Medical and sanitary report of the native army of Bengal for the year
Year: 1875
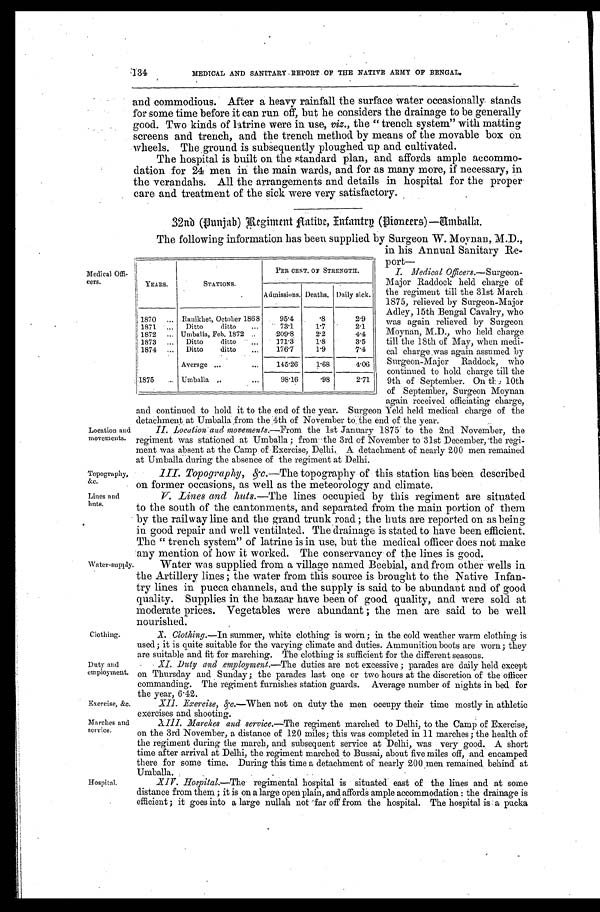
134
MEDICAL AND SANITARY REPORT OF THE NATIVE ARMY OF BENGAL.
and commodious. After a heavy rainfall the surface water occasionally stands
for some time before it can run off, but he considers the drainage to be generally
good. Two kinds of latrine were in use, viz., the "trench system" with matting
screens and trench, and the trench method by means of the movable box on
wheels. The ground is subsequently ploughed up and cultivated.
The hospital is built on the standard plan, and affords ample accommo
-dation for 24 men in the main wards, and for as many more, if necessary, in
the verandahs. All the arrangements and details in hospital for the proper
care and treatment of the sick were very satisfactory.
32nd (Punjab) Regiment Native, Infantry (Pioneers)—Umballa.
Medical Offi
-cers.
Location and
movements.
Topography,
&c.
Lines and
huts.
Water-supply.
Clothing.
Duty and
employment.
Exercise, &c.
Marches and
service.
The following information has been supplied by Surgeon W. Moynan, M.D.,
in his Annual Sanitary Re
-
port
—
I. Medical Officers.— Surgeon
-Major Raddock held charge of
the regiment till the 31st March
1875, relieved by Surgeon-Major
Adley, 15th Bengal Cavalry, who
was again relieved by Surgeon
Moynan, M.D., who held charge
till the 18th of May, when medi
-cal charge was again assumed by
Surgeon-Major Raddock, who
continued to hold charge till the
9th of September. On the 10th
of September, Surgeon Moynan
again received officiating charge,
and continued to hold it to the end of the year. Surgeon Yeld held medical charge of the
detachment at Umballa from the 4th of November to the end of the year.
II. Location and movements.— From the 1st January 1875 to the 2nd November, the
regiment was stationed at Umballa; from the 3rd of November to 31st December, the regi
- m e n t w a s a b s e n t a t t h e C a m p o f E x e r c i s e , D e l h i , A d e t a c h m e n t o f n e a r l y 2 0 0 m e n r e m a i n e d
at Umballa during the absence of the regiment at Delhi.
III. Topography, &c.— The topography of this station has been described
on former occasions, as well as the meteorology and climate.
V. Lines and huts .—The lines occupied by this regiment are situated
to the south of the cantonments, and separated from the main portion of them
by the railway line and the grand trunk road; the huts are reported on as being
in good repair and well ventilated. The drainage is stated to have been efficient.
The "trench system" of latrine is in use, but the medical officer does not make
any mention of how it worked. The conservancy of the lines is good.
Water was supplied from a village named Beebial, and from other wells in
the Artillery lines; the water from this source is brought to the Native Infan
-try lines in pucca channels, and the supply is said to be abundant and of good
quality. Supplies in the bazaar have been of good quality, and were sold at
moderate prices. Vegetables were abundant; the men are said to be well
nourished.
X . Clothing.— In summer, white clothing is worn; in the cold weather warm clothing is
used; it is quite suitable for the varying climate and duties. Ammunition boots are worn; they
are suitable and fit for marching. The clothing is sufficient for the different seasons.
XI. Duty and.employment.— The duties are not excessive; parades are daily held except
on Thursday and Sunday; the parades last one or two hours at the discretion of the officer
commanding. The regiment furnishes station guards. Average number of nights in bed for
the year, 6.42.
XII. Exercise, &c.— When not on duty the men occupy their time mostly in athletic
exercises and shooting.
XIII. Marches and service.— The regiment marched to Delhi, to the Camp of Exercise,
on the 3rd November, a distance of 120 miles; this was completed in 11 marches; the health of
the regiment during the march, and subsequent service at Delhi, was very good. A short
time after arrival at Delhi, the regiment marched to Bussai, about five miles off, and encamped
there for some time. During this time a detachment of nearly 200 men remained behind at
Umballa.
YEARS.
STATIONS.
PER CENT. OF STRENGTH.
Admissions. Deaths. Daily sick.
1870 . . . Ranikhet, October 1868
95.4
.8
2.9
1 8 7 1 . . .
Ditto ditto . . .
73.1
1.7
2.1
1872 . . . Umballa, Feb. 1872 . . .
209.8
2.2
4.4
1873 . . .
Ditto ditto . . .
171.3
1.8
3.5
1874 . . .
Ditto ditto . . .
176.7
1.9
7.4
Average . . .
145.26
1.68
4.06
11875 . . . Umballa . . .
98.16
.98
2.71
Hospital.
XIV. Hospital.— The regimental hospital is situated east of the lines and at some
distance from them; it is on a large open plain, and affords ample accommodation: the drainage is
efficient; it goes into a large nullah not far off from the hospital. The hospital is a pucka